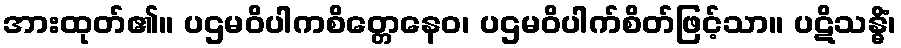
အားထုတ်၏။ ပဌမဝိပါကစိတ္တေနေဝ၊ ပဌမဝိပါက်စိတ်ဖြင့်သာ။ ပဋိသန္ဓိံ၊